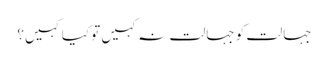
جہالت کو جہالت نہ کہیں تو کیا کہیں؟